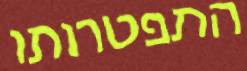
התפטרותו